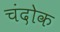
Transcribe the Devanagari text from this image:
चंदोक